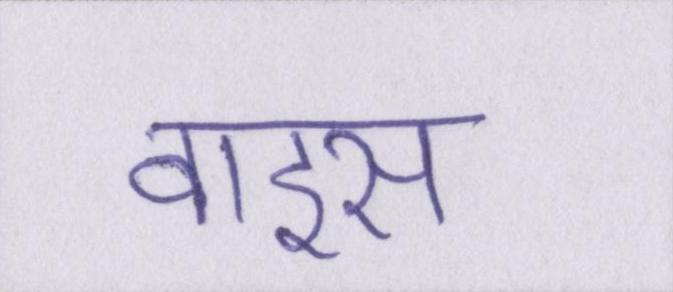
वाइस